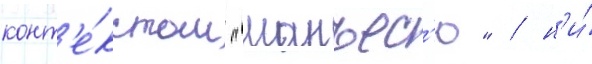
конт'е́кстом "манъес'ю" / н'и́